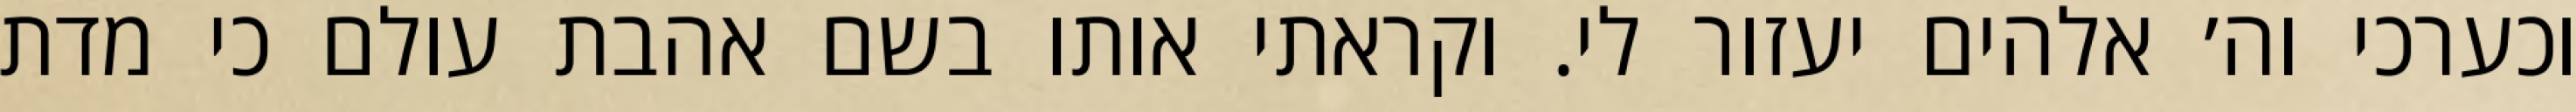
וכערכי וה׳ אלהים יעזור לי. וקראתי אותו בשם אהבת עולם כי מדת